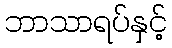
ဘာသာရပ်နှင့်